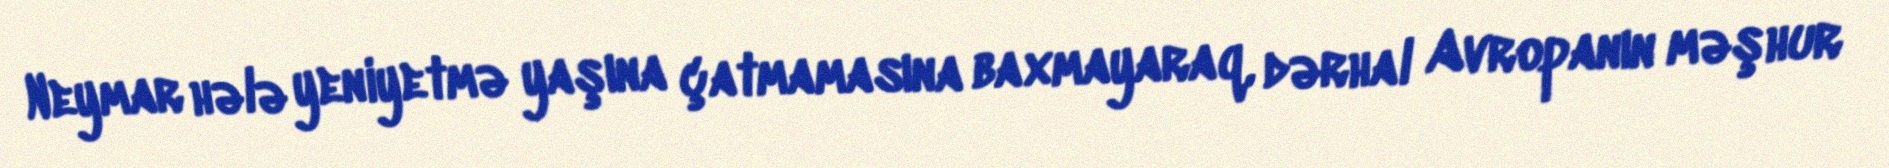
Neymar hələ yeniyetmə yaşına çatmamasına baxmayaraq, dərhal Avropanın məşhur